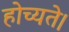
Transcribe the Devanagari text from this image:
होच्यते।